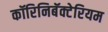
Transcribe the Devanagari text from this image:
कॉरिनिबॅक्टेरियम